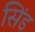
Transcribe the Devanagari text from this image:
सिंड